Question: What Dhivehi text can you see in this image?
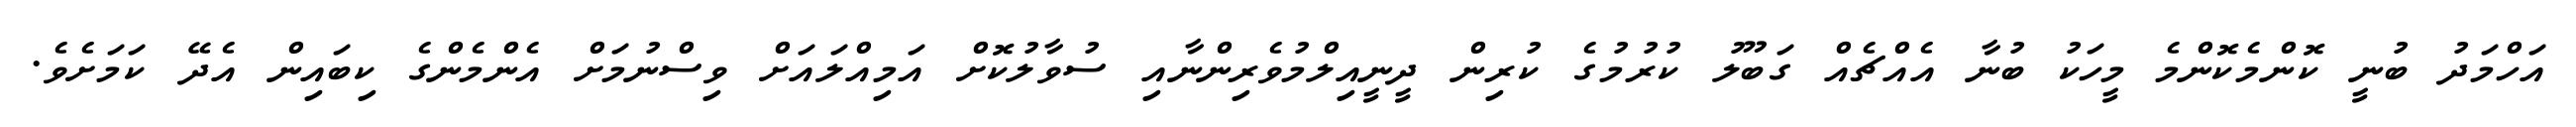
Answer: އަހްމަދު ބުނީ ކޮންމެކޮންމެ މީހަކު ބުނާ އެއްޗެއް ގަބޫލު ކުރުމުގެ ކުރިން ދީނީއިލްމުވެރިންނާއި ސުވާލުކޮށް އަމިއްލައަށް ވިސްނުމަށް އެންމެންގެ ކިބައިން އެދޭ ކަމަށެވެ.